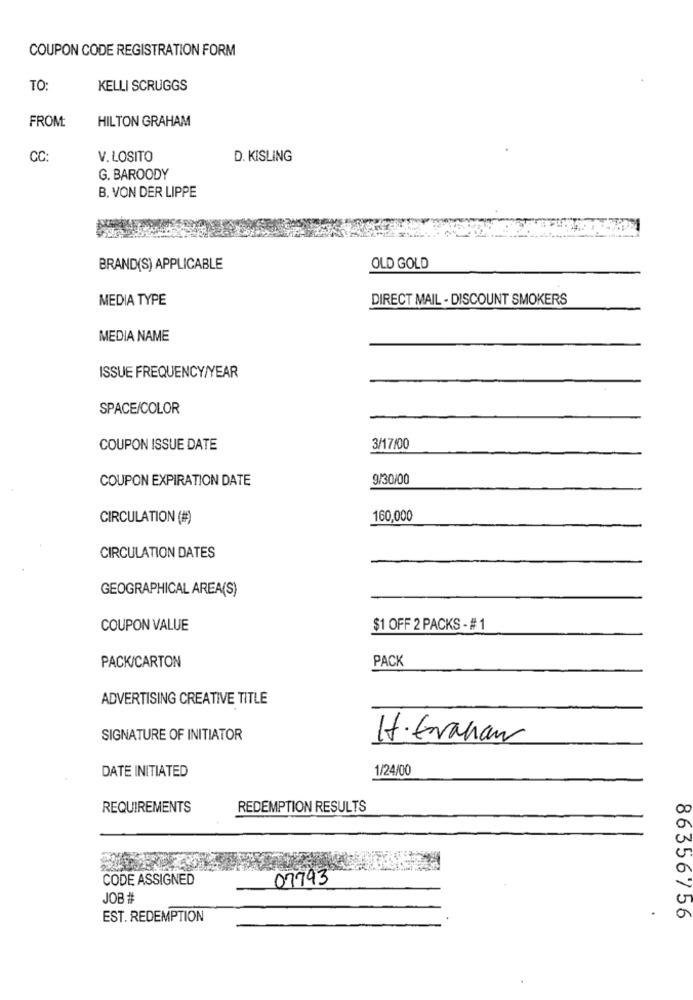
COUPON CODE REGISTRATION FORM
TO
KELLI SCRUGGS
FROM
HILTON GRAHAM
CC
V. LOSITO
D. KISLING
G. BAROODY
B. VON DER LIPPE
BRAND(S) APPLICABLE
OLD GOLD
MEDIA TYPE
DIRECT MAIL - DISCOUNT SMOKERS
MEDIA NAME
ISSUE FREQUENCY/YEAR
SPACE/COLOR
COUPON ISSUE DATE
3/17/00
COUPON EXPIRATION DATE
9/30/00
CIRCULATION (#)
160,000
CIRCULATION DATES
GEOGRAPHICAL AREA(S)
COUPON VALUE
$1 OFF 2 PACKS - # 1
PACK/CARTON
PACK
ADVERTISING CREATIVE TITLE
SIGNATURE OF INITIATOR
H. Erahan
DATE INITIATED
1/24/00
REQUIREMENTS
REDEMPTION RESULTS
CODE ASSIGNED
07793
JOB#
EST. REDEMPTION
86356756